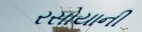
રસોયાની